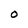
Character: O